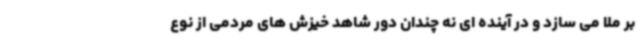
بر ملا می سازد و در آینده ای نه چندان دور شاهد خیزش های مردمی از نوع